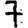
Digit: 7